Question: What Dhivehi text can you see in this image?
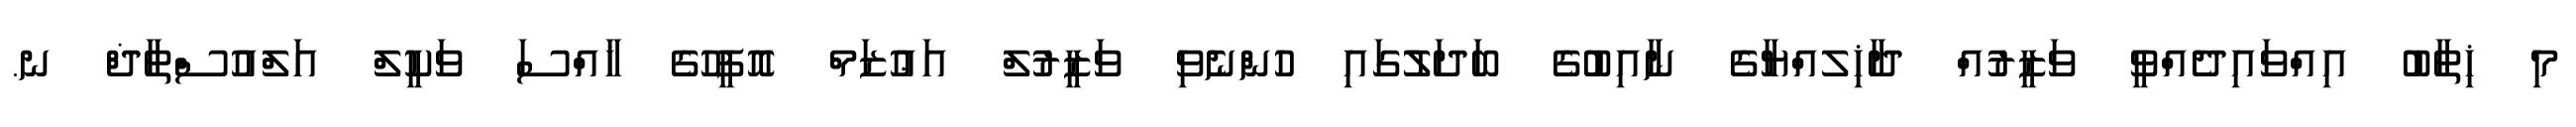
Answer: މި ޚިޠާބު އިއްވައިދެއްވީ ވަޒީރުއް ދާޚިލއްޔާގެ ނާއިބުގެ ބަދަލުގައި ހުންނެވި ވަޒީރުލް އަޢުޒަމް އޮފީހުގެ ޚާއްސަ ވަކީލް އަލްއުސްތާޛް ނ.